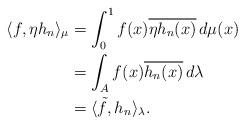
LaTeX: \begin{align*}\langle f,\eta h_n\rangle_{\mu} &=\int_{0}^{1}f(x)\overline{\eta h_n(x)}\,d\mu(x)\\&=\int_{A}f(x)\overline{h_n(x)}\,d\lambda\\&=\langle\tilde{f},h_n\rangle_{\lambda}.\end{align*}